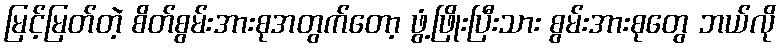
မြင့်မြတ်တဲ့ စိတ်စွမ်းအားစုအတွက်တော့ ဖွံ့ဖြိုးပြီးသား စွမ်းအားစုတွေ ဘယ်လို